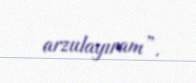
arzulayıram”.